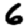
Digit: 6